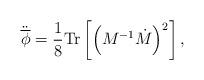
LaTeX: \begin{align*}\ddot{\overline{\phi}}=\frac{1}{8}\mathrm{Tr}\left[\left( M^{-1}\dot{M}\right)^2\right],\end{align*}